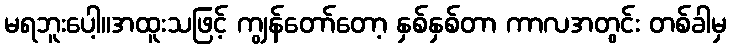
မရဘူးပေါ့။အထူးသဖြင့် ကျွန်တော်တော့ နှစ်နှစ်တာ ကာလအတွင်း တစ်ခါမှ